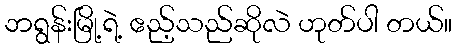
ဘရွန်းမြို့ရဲ့ ဧည့်သည်ဆိုလဲ ဟုတ်ပါ တယ်။